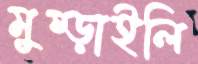
মুষ্‌ড়াইলি